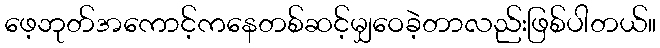
ဖေ့ဘုတ်အကောင့်ကနေတစ်ဆင့်မျှဝေခဲ့တာလည်းဖြစ်ပါတယ်။